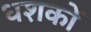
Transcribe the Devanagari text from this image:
धशकों